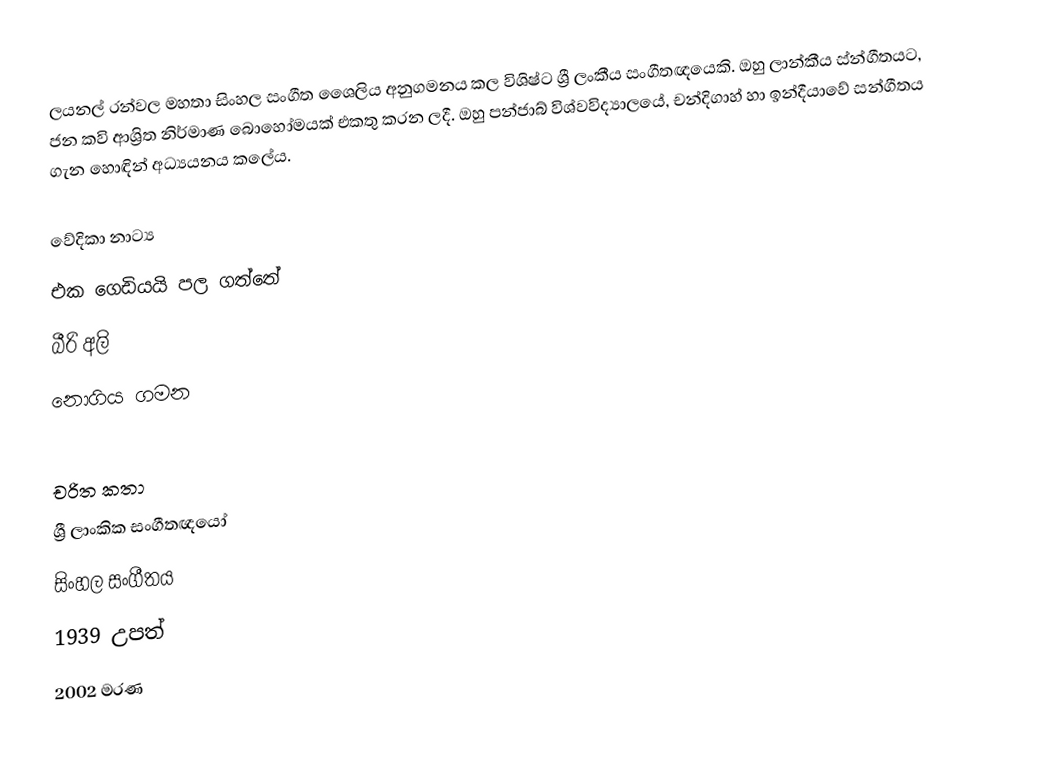
ලයනල් රන්වල මහතා   සිංහල සංගීත ශෛලිය අනුගමනය කල විශිෂ්ට ශ්‍රී ලංකීය සංගීතඥයෙකි. ඔහු ලාන්කීය ස්න්ගීතයට, ජන කවි ආශ්‍රිත නිර්මාණ බොහෝමයක් එකතු කරන ලදී. ඔහු පන්ජාබ් විශ්වවිද්‍යාලයේ, චන්දිගාහ් හා ඉන්දීයාවේ සන්ගීතය ගැන හොඳින් අධ්‍යයනය කලේය.

වේදිකා නාට්‍ය
 එක ගෙඩියයි පල ගත්තේ
 බීරි අලි
 නොගිය ගමන

චරිත කතා
ශ්‍රී ලාංකික සංගීතඥයෝ
සිංහල සංගීතය
1939 උපත්
2002 මරණ